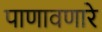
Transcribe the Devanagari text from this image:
पाणावणारे